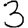
Digit: 3